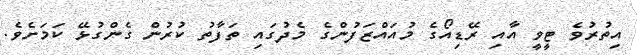
އިތުރުވެ ޓީވީ އާއި ރޭޑިއޯގެ މުއައްޒަފުންގެ މެދުގައި ތަފާތު ކުރުން ގެންގުޅޭ ކަމަށެެވެ.